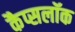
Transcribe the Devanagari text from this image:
कैप्सलॉक